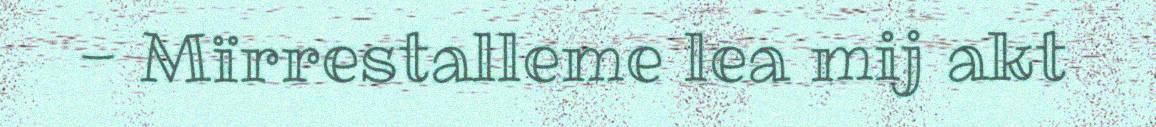
- Mïrrestalleme lea mij akt